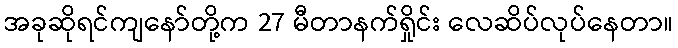
အခုဆိုရင်ကျနော်တို့က 27 မီတာနက်ရှိုင်း လေဆိပ်လုပ်နေတာ။